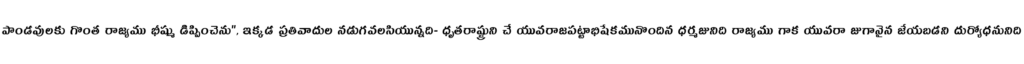
పాండవులకు గొంత రాజ్యము భీష్ము డిప్పించెను", ఇక్కడ ప్రతివాదుల నడుగవలసియున్నది- ధృతరాష్ట్రుని చే యువరాజపట్టాభిషేకమునొందిన ధర్మజునిది రాజ్యము గాక యువరా జుగానైన జేయబడని దుర్యోధనునిది